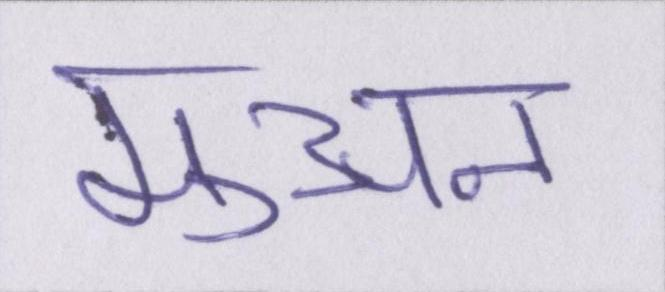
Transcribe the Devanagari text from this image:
मुअन